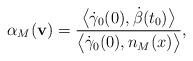
LaTeX: \begin{align*}\alpha_M(\mathbf{v}) = \frac{\bigl\langle \dot\gamma_0(0),\dot\beta(t_0)\bigr\rangle}{\bigl\langle \dot\gamma_0(0), n_M(x)\bigr\rangle},\end{align*}